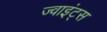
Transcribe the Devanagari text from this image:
ज्वाइंट्स